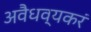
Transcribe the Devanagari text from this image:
अवैधव्यकरं